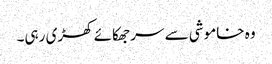
وہ خاموشی سے سر جھکائے کھڑی رہی۔